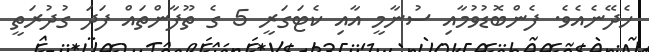
ހެދޭނެއެވެ. ފެންބޮޑުވުމާއި ސުނާމީ އާއި ކެޓަގަރީ 5 ގެ ތޫފާންތައް ފަދަ ގުދުރަތީ